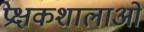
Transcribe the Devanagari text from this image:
प्रेक्षकशालाओं